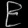
Digit: ၉